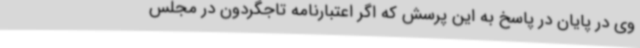
وی در پایان در پاسخ به این پرسش که اگر اعتبارنامه تاجگردون در مجلس